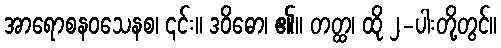
အာရောစနဝသေနစ၊ ၎င်း။ ဒဝိဓော၊ ၏။ တတ္ထ၊ ထို ၂-ပါးတို့တွင်။